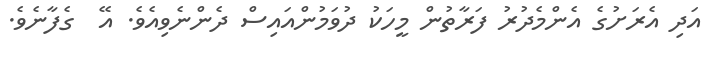
އަދި އެރަށުގެ އެންމެދުރު ފަރާތުން މީހަކު ދުވަމުންއައިސް ދެންނެވިއެވެ. އޭ  ގެފާނެވެ.